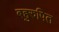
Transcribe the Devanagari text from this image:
बहुरुपित